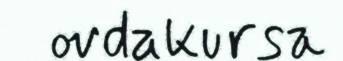
ovdakursa